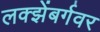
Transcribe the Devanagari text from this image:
लक्झेंबर्गवर